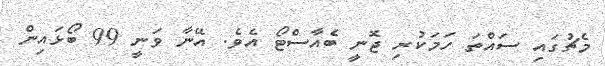
މެޗުގައި ސައްތަ ހަމަކުރި ޖޮނީ ބެއާސްޓޯ އެވެ. އޭނާ ވަނީ 99 ބޯޅައިން